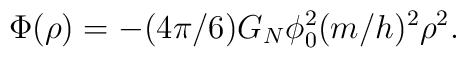
\Phi (\rho )=-(4\pi /6)G_N\phi _0^2(m/h)^2\rho ^2.